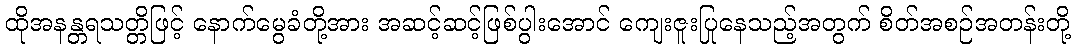
ထိုအနန္တရသတ္တိဖြင့် နောက်မွေခံတို့အား အဆင့်ဆင့်ဖြစ်ပွါးအောင် ကျေးဇူးပြုနေသည့်အတွက် စိတ်အစဉ်အတန်းတို့